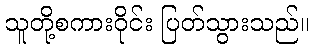
သူတို့စကားဝိုင်း ပြတ်သွားသည်။